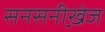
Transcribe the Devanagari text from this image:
सनसनी़खे़ज